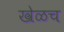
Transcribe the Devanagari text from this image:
खेळच